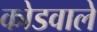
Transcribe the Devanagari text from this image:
कोडवाले